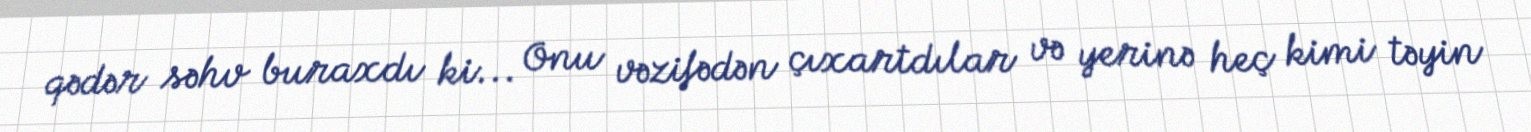
qədər səhv buraxdı ki... Onu vəzifədən çıxartdılar və yerinə heç kimi təyin